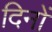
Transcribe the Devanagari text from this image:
दिनों